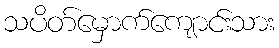
သပိတ်မှောက်ကျောင်းသား